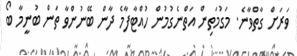
ވަރަށް ގާތްވާނެ. މަގުމަތިން އަތްނެގުމުން ހުއްޓާފާމެ ދާން ބޭނުންވާ ތަން ބުނީމާ ބޯ